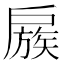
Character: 𢩜